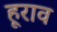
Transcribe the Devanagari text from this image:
हूराव